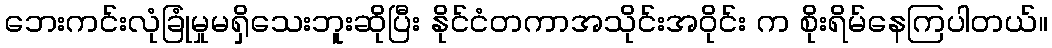
ဘေးကင်းလုံခြုံမှုမရှိသေးဘူးဆိုပြီး နိုင်ငံတကာအသိုင်းအဝိုင်း က စိုးရိမ်နေကြပါတယ်။